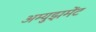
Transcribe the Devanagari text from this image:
अम्युझमेंट